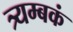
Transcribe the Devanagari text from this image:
त्र्यम्‍बकं